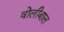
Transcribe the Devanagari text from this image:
वोलीबाल